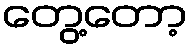
တွေ့တော့